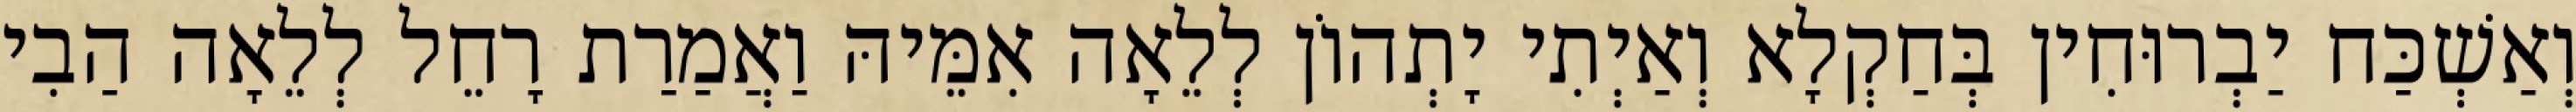
וְאַשְׁכַּח יַבְרוּחִין בְּחַקְלָא וְאַיְתִי יָתְהוֹן לְלֵאָה אִמֵּיהּ וַאֲמַרַת רָחֵל לְלֵאָה הַבִי